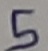
Text: 5